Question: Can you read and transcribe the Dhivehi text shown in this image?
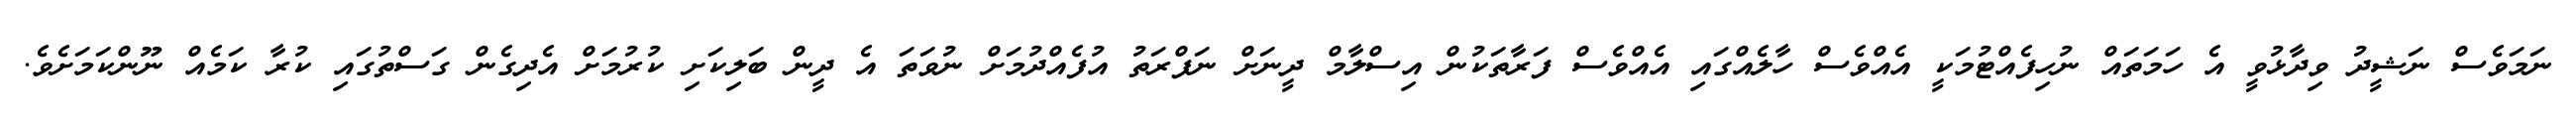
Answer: ނަމަވެސް ނަޝީދު ވިދާޅުވީ އެ ހަމަތައް ނުހިފެއްޓުމަކީ އެއްވެސް ހާލެއްގައި އެއްވެސް ފަރާތަކުން އިސްލާމް ދީނަށް ނަފްރަތު އުފެއްދުމަށް ނުވަތަ އެ ދީން ބަލިކަށި ކުރުމަށް އެދިގެން ގަސްތުގައި ކުރާ ކަމެއް ނޫންކަމަށެވެ.